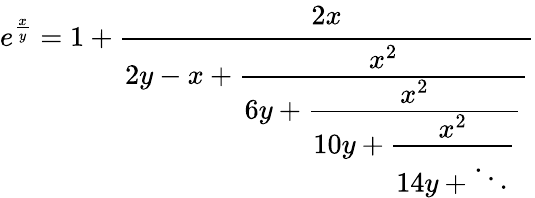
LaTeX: e^{\frac{x}{y}}=1+{\cfrac{2x}{2y-x+{\cfrac{x^{2}}{6y+{\cfrac{x^{2}}{10y+{\cfrac{x^{2}}{14y+\ddots}}}}}}}}